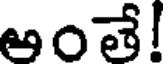
అంతే!